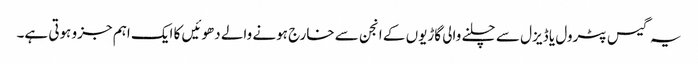
یہ گیس پٹرول یا ڈیزل سے چلنے والی گاڑیوں کے انجن سے خارج ہونے والے دھوئیں کا ایک اہم جزو ہوتی ہے۔